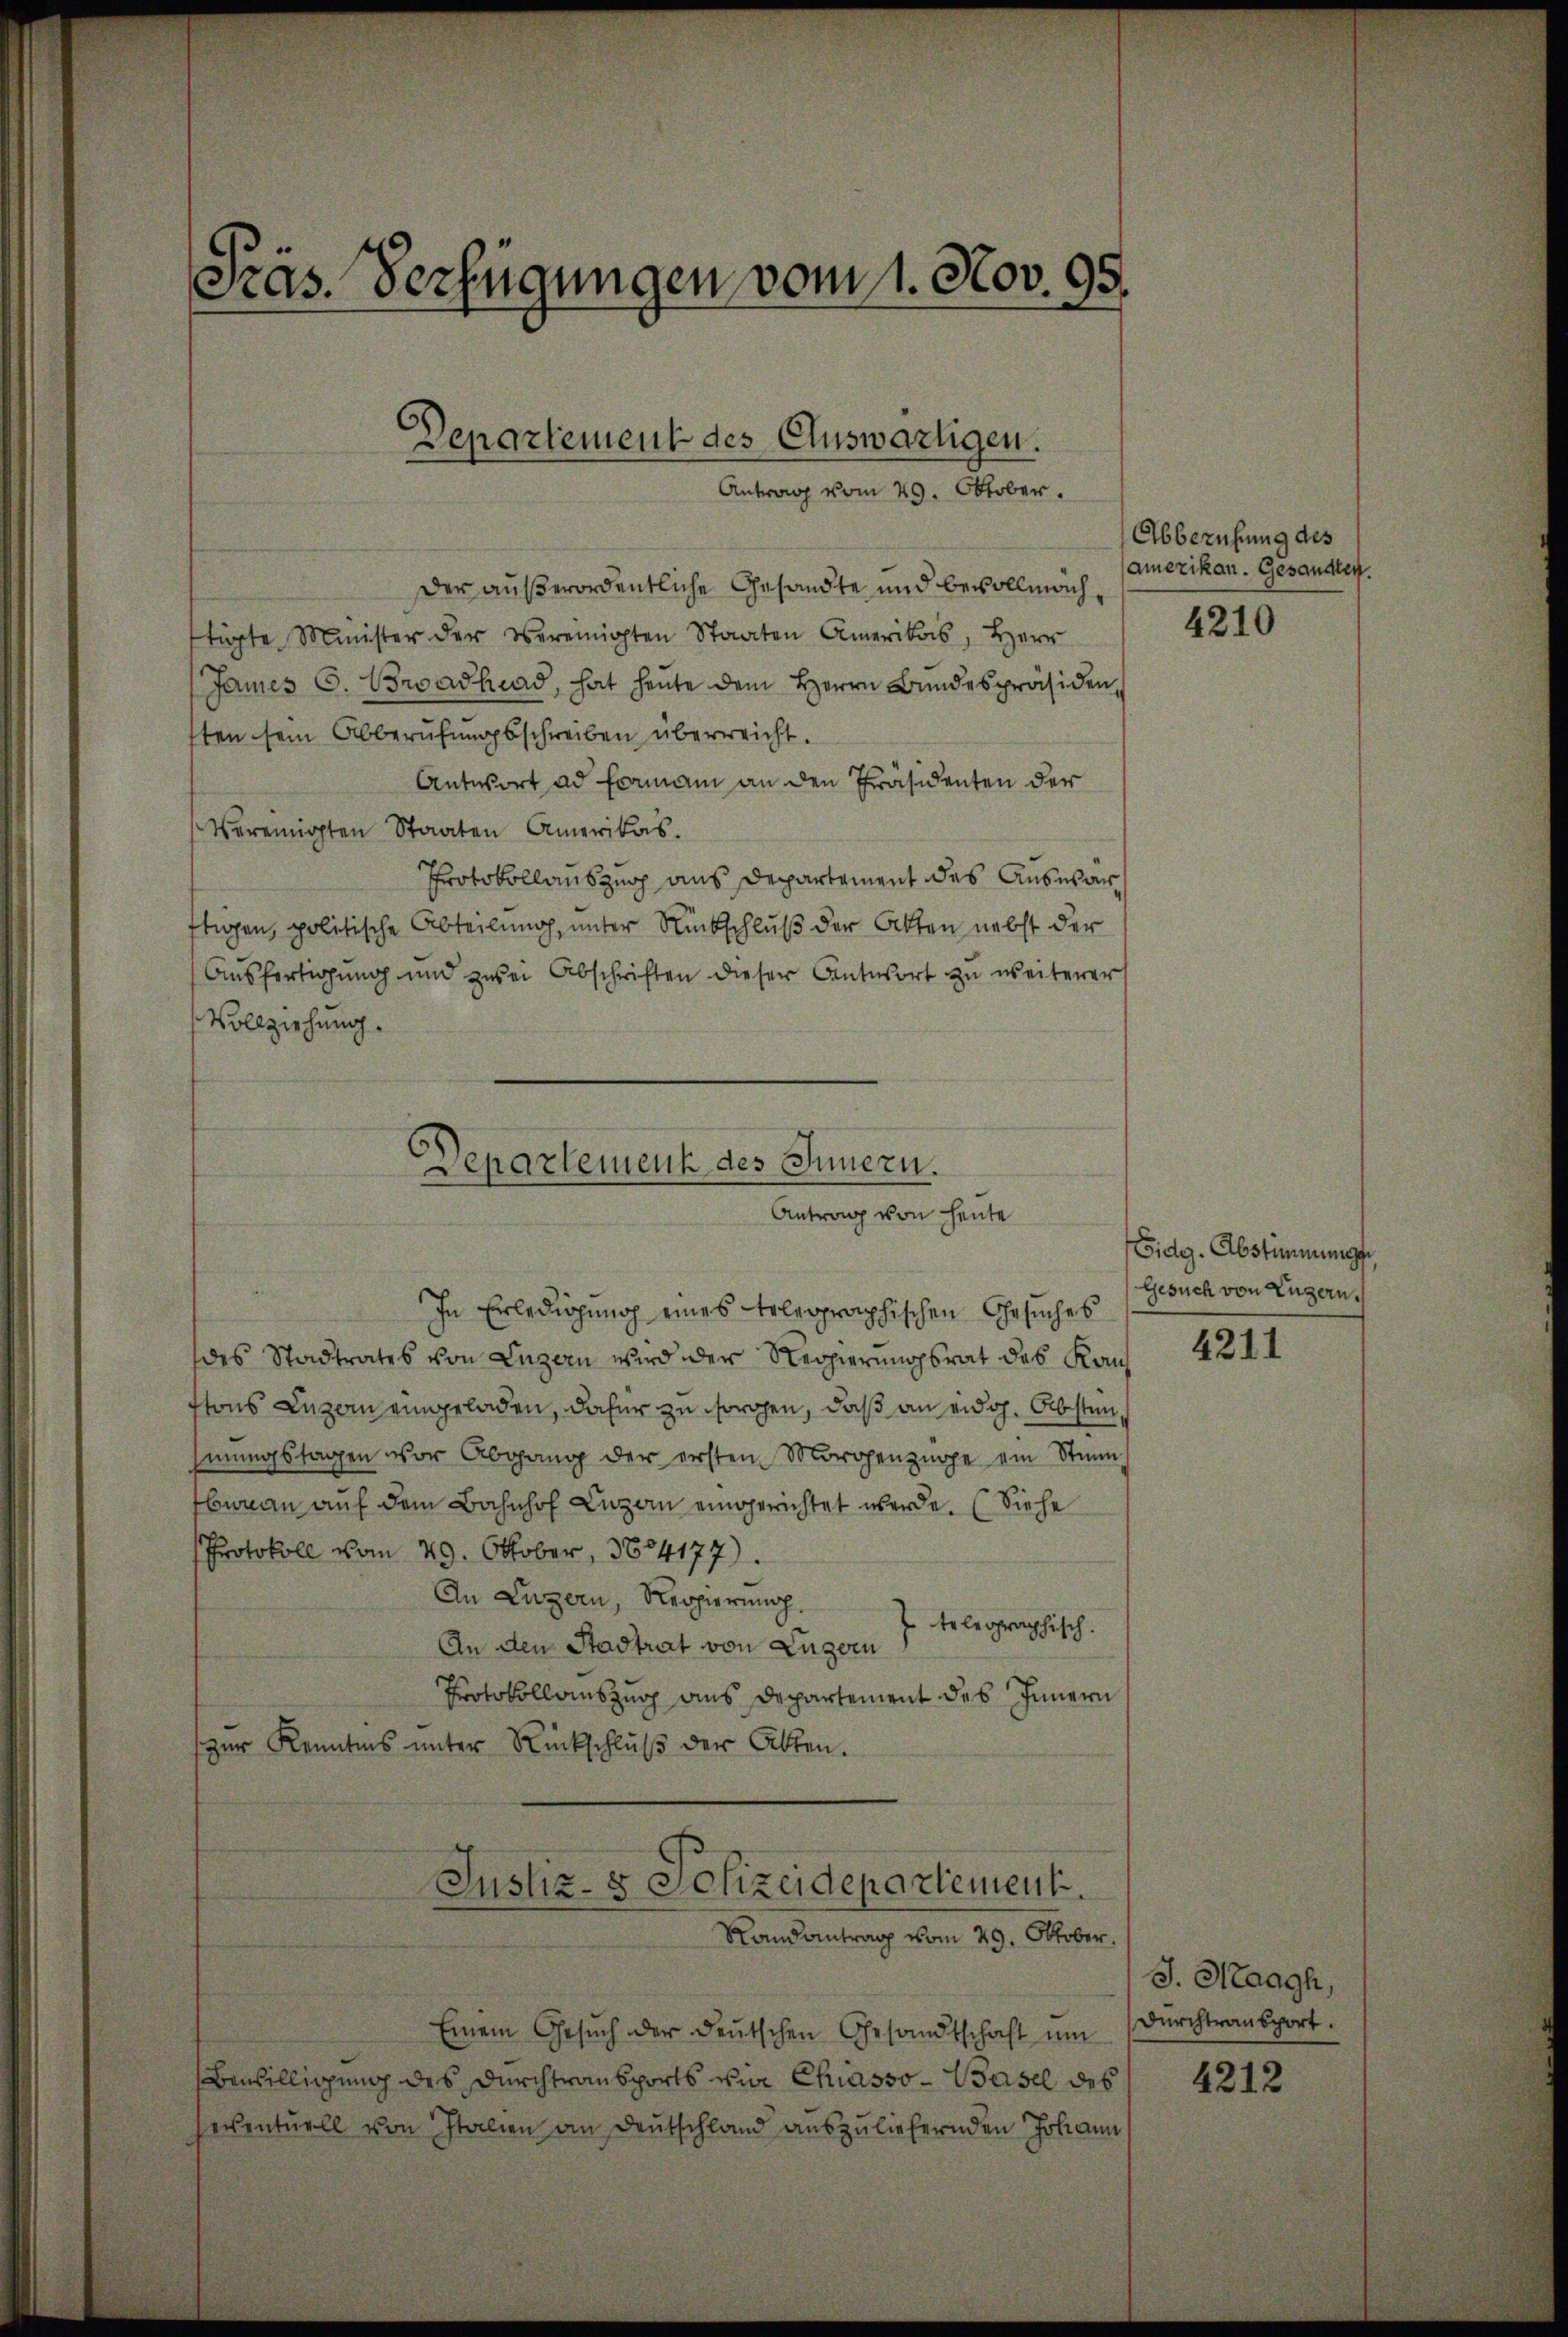
Pras. Verfügungen vom 1. Nov. 95.

Departement des Eluswärtigen.
Antrag vom 29. Oktober.

Departement des Innern.
Antrag von heute

der außerordentliche Gesandte und bevollmach,
tügte Minister der vereinigten Staaten Amerikas, Herr
James C. Boroadhrad, hat heute dem Herrn Bundespräsiden
tten sein Abberufungsschreiben überreicht.
Antwort ad Formani an den Präsidenten der
Vereinigten Staaten Amerikas.
Protokollauszug aus Departement des Auswarftigen, politische Abteilung, unter Rückschluß der Akten nebst der
Ausfertigung und zwei Abschriften dieser Antwort zu weiterer
Vollziehung.

In Erledigung eines Telegraphischen Gesuches
des Stadtrates von Luzern wird der Regierungsrat des Kanftons Luzern eingeladen, dafür zu sorgen, daß an eidg. Absten,
hmungstagen vor Abgang der ersten Morgenzüge ein Stim
bwean auf dem Bahnhof Luzern eingerichtet werde. (Siehe
Protokoll vom 29. Oktober, 3604177).
An Luzern, Reppierung.
telegraphisch.
An den Stadtrat von Luzern
Protokollauszug aus Departement des Innern
zur Kenntnis unter Rückschluß der Akten.
Justiz- & Polizeidepartement.
Randantrag vom 29. Oktober.
Einem Gesŭch der deutschen Gesandtschaft um
Bewilligung des Durchtransports wie Chiasso-Basel des
jeventuell von Italien an Deutschland auszuliefernden Johann

Abberufung des
amerikan. Gesandten.

4210

Eidg. Abstimmungen
Gesuch von Luzern,

4211

J. Staagh,
durchtransport.

4212